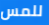
للمس